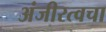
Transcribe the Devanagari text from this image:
अंजीरत्वचा